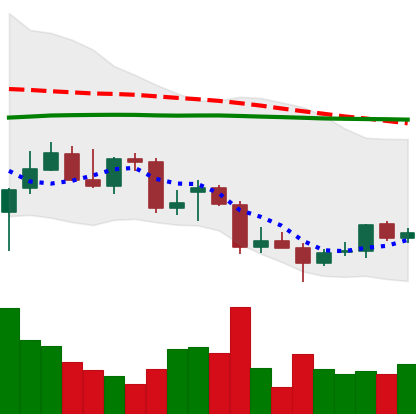
Ticker: TRX-USD
Chart end date: 2021-12-25
Forward return: -4.385%
Label: down_3_5